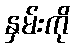
နှမ်းကို